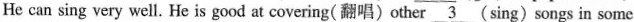
He can sing very well. He is good at covering(翻唱)other \underline{3}(sing) songs in some